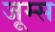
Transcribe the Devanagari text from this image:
जूम्स